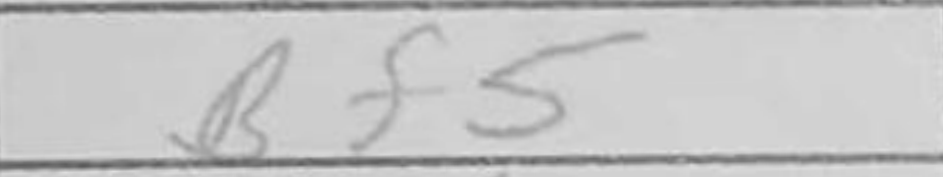
Transcription: Bf5